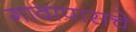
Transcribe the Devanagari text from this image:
गावापासचे